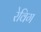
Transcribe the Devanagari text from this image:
रेविग